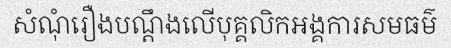
សំណុំរឿងបណ្តឹងលើបុគ្គលិកអង្គការសមធម៌